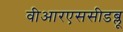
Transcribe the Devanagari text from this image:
वीआरएससीडब्लू